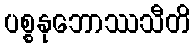
ပစ္စနုဘောဿသီတိ